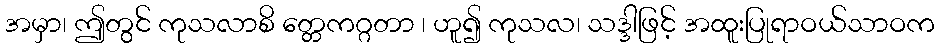
အမှာ၊ ဤတွင် ကုသလာစိ တ္တေကဂ္ဂတာ ၊ ဟူ၍ ကုသလ၊ သဒ္ဒါဖြင့် အထူးပြုရာဝယ်သာဝက